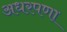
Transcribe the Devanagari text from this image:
अधरपणा